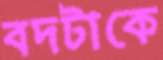
বদটাকে